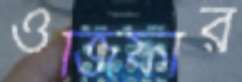
ওজিফার